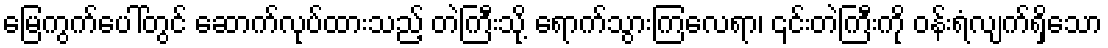
မြေကွက်ပေါ်တွင် ဆောက်လုပ်ထားသည့် တဲကြီးသို့ ရောက်သွားကြလေရာ၊ ၎င်းတဲကြီးကို ဝန်းရံလျက်ရှိသော